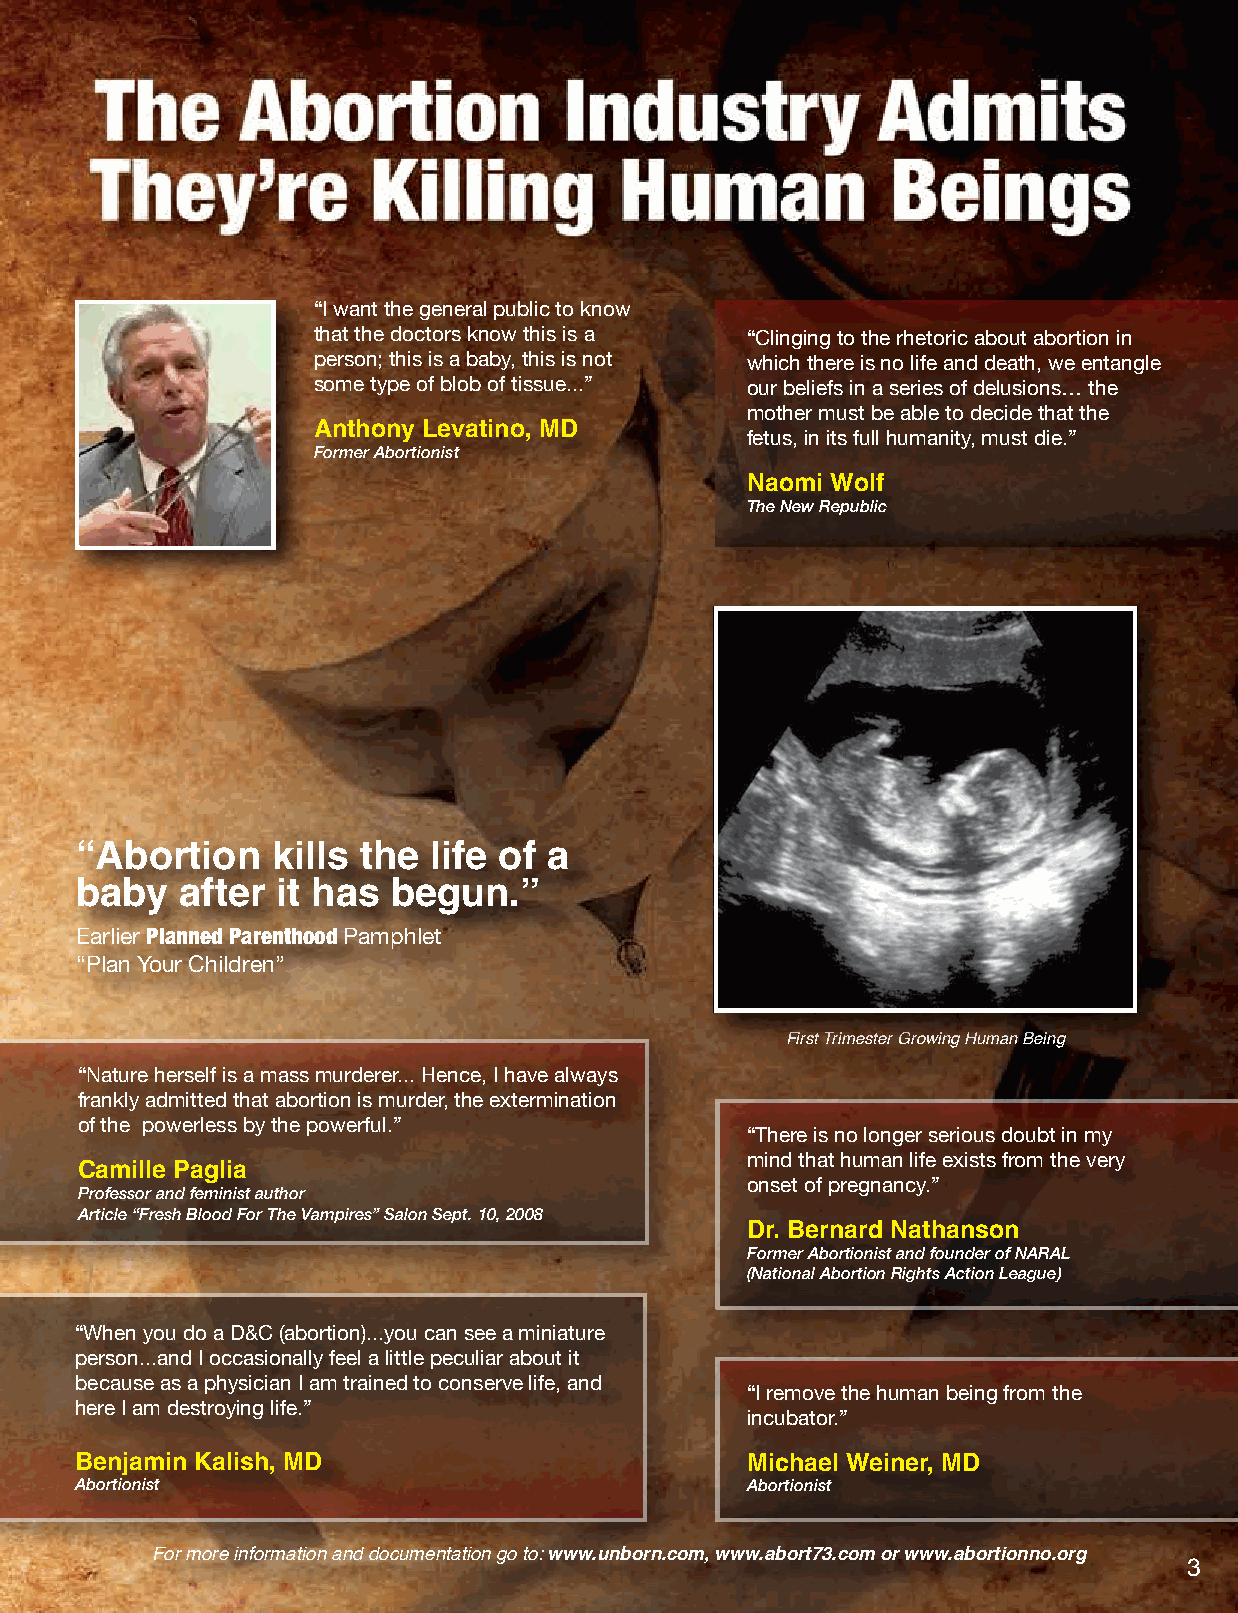
“I want the general public to know
 that the doctors know this is a “Clinging to the rhetoric about abortion in
 person; this is a baby, this is not which there is no life and death, we entangle
 some type of blob of tissue...” our beliefs in a series of delusions… the
 mother must be able to decide that the
 Anthony Levatino, MD
 fetus, in its full humanity, must die.”
 Former Abortionist
 Naomi Wolf
 The New Republic
 “Abortion    kills the life of a
 baby   after it has  begun.”
 Earlier Planned Parenthood Pamphlet
 “Plan Your Children”
 First Trimester Growing Human Being
 “Nature herself is a mass murderer... Hence, I have always
 frankly admitted that abortion is murder, the extermination
 of the powerless by the powerful.”
 “There is no longer serious doubt in my
 mind that human life exists from the very
 Camille Paglia
 onset of pregnancy.”
 Professor and feminist author
 Article “Fresh Blood For The Vampires” Salon Sept. 10, 2008
 Dr. Bernard Nathanson
 Former Abortionist and founder of NARAL
 (National Abortion Rights Action League)
 “When you do a D&C (abortion)...you can see a miniature
 person...and I occasionally feel a little peculiar about it
 because as a physician I am trained to conserve life, and
 “I remove the human being from the
 here I am destroying life.”
 incubator.”
 Benjamin Kalish, MD                         Michael Weiner, MD
 Abortionist                                 Abortionist
 For more information and documentation go to: www.unborn.com, www.abort73.com or www.abortionno.org
 3